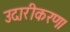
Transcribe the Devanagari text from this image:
उदारीकरण।